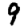
Digit: 9